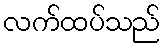
လက်ထပ်သည်